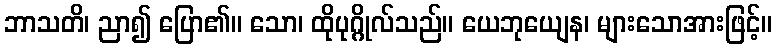
ဘာသတိ၊ ညာ၍ ပြော၏။ သော၊ ထိုပုဂ္ဂိုလ်သည်။ ယေဘုယျေန၊ များသောအားဖြင့်။